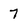
Character: 7